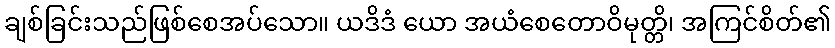
ချစ်ခြင်းသည်ဖြစ်စေအပ်သော။ ယဒိဒံ ယော အယံစေတောဝိမုတ္တိ၊ အကြင်စိတ်၏